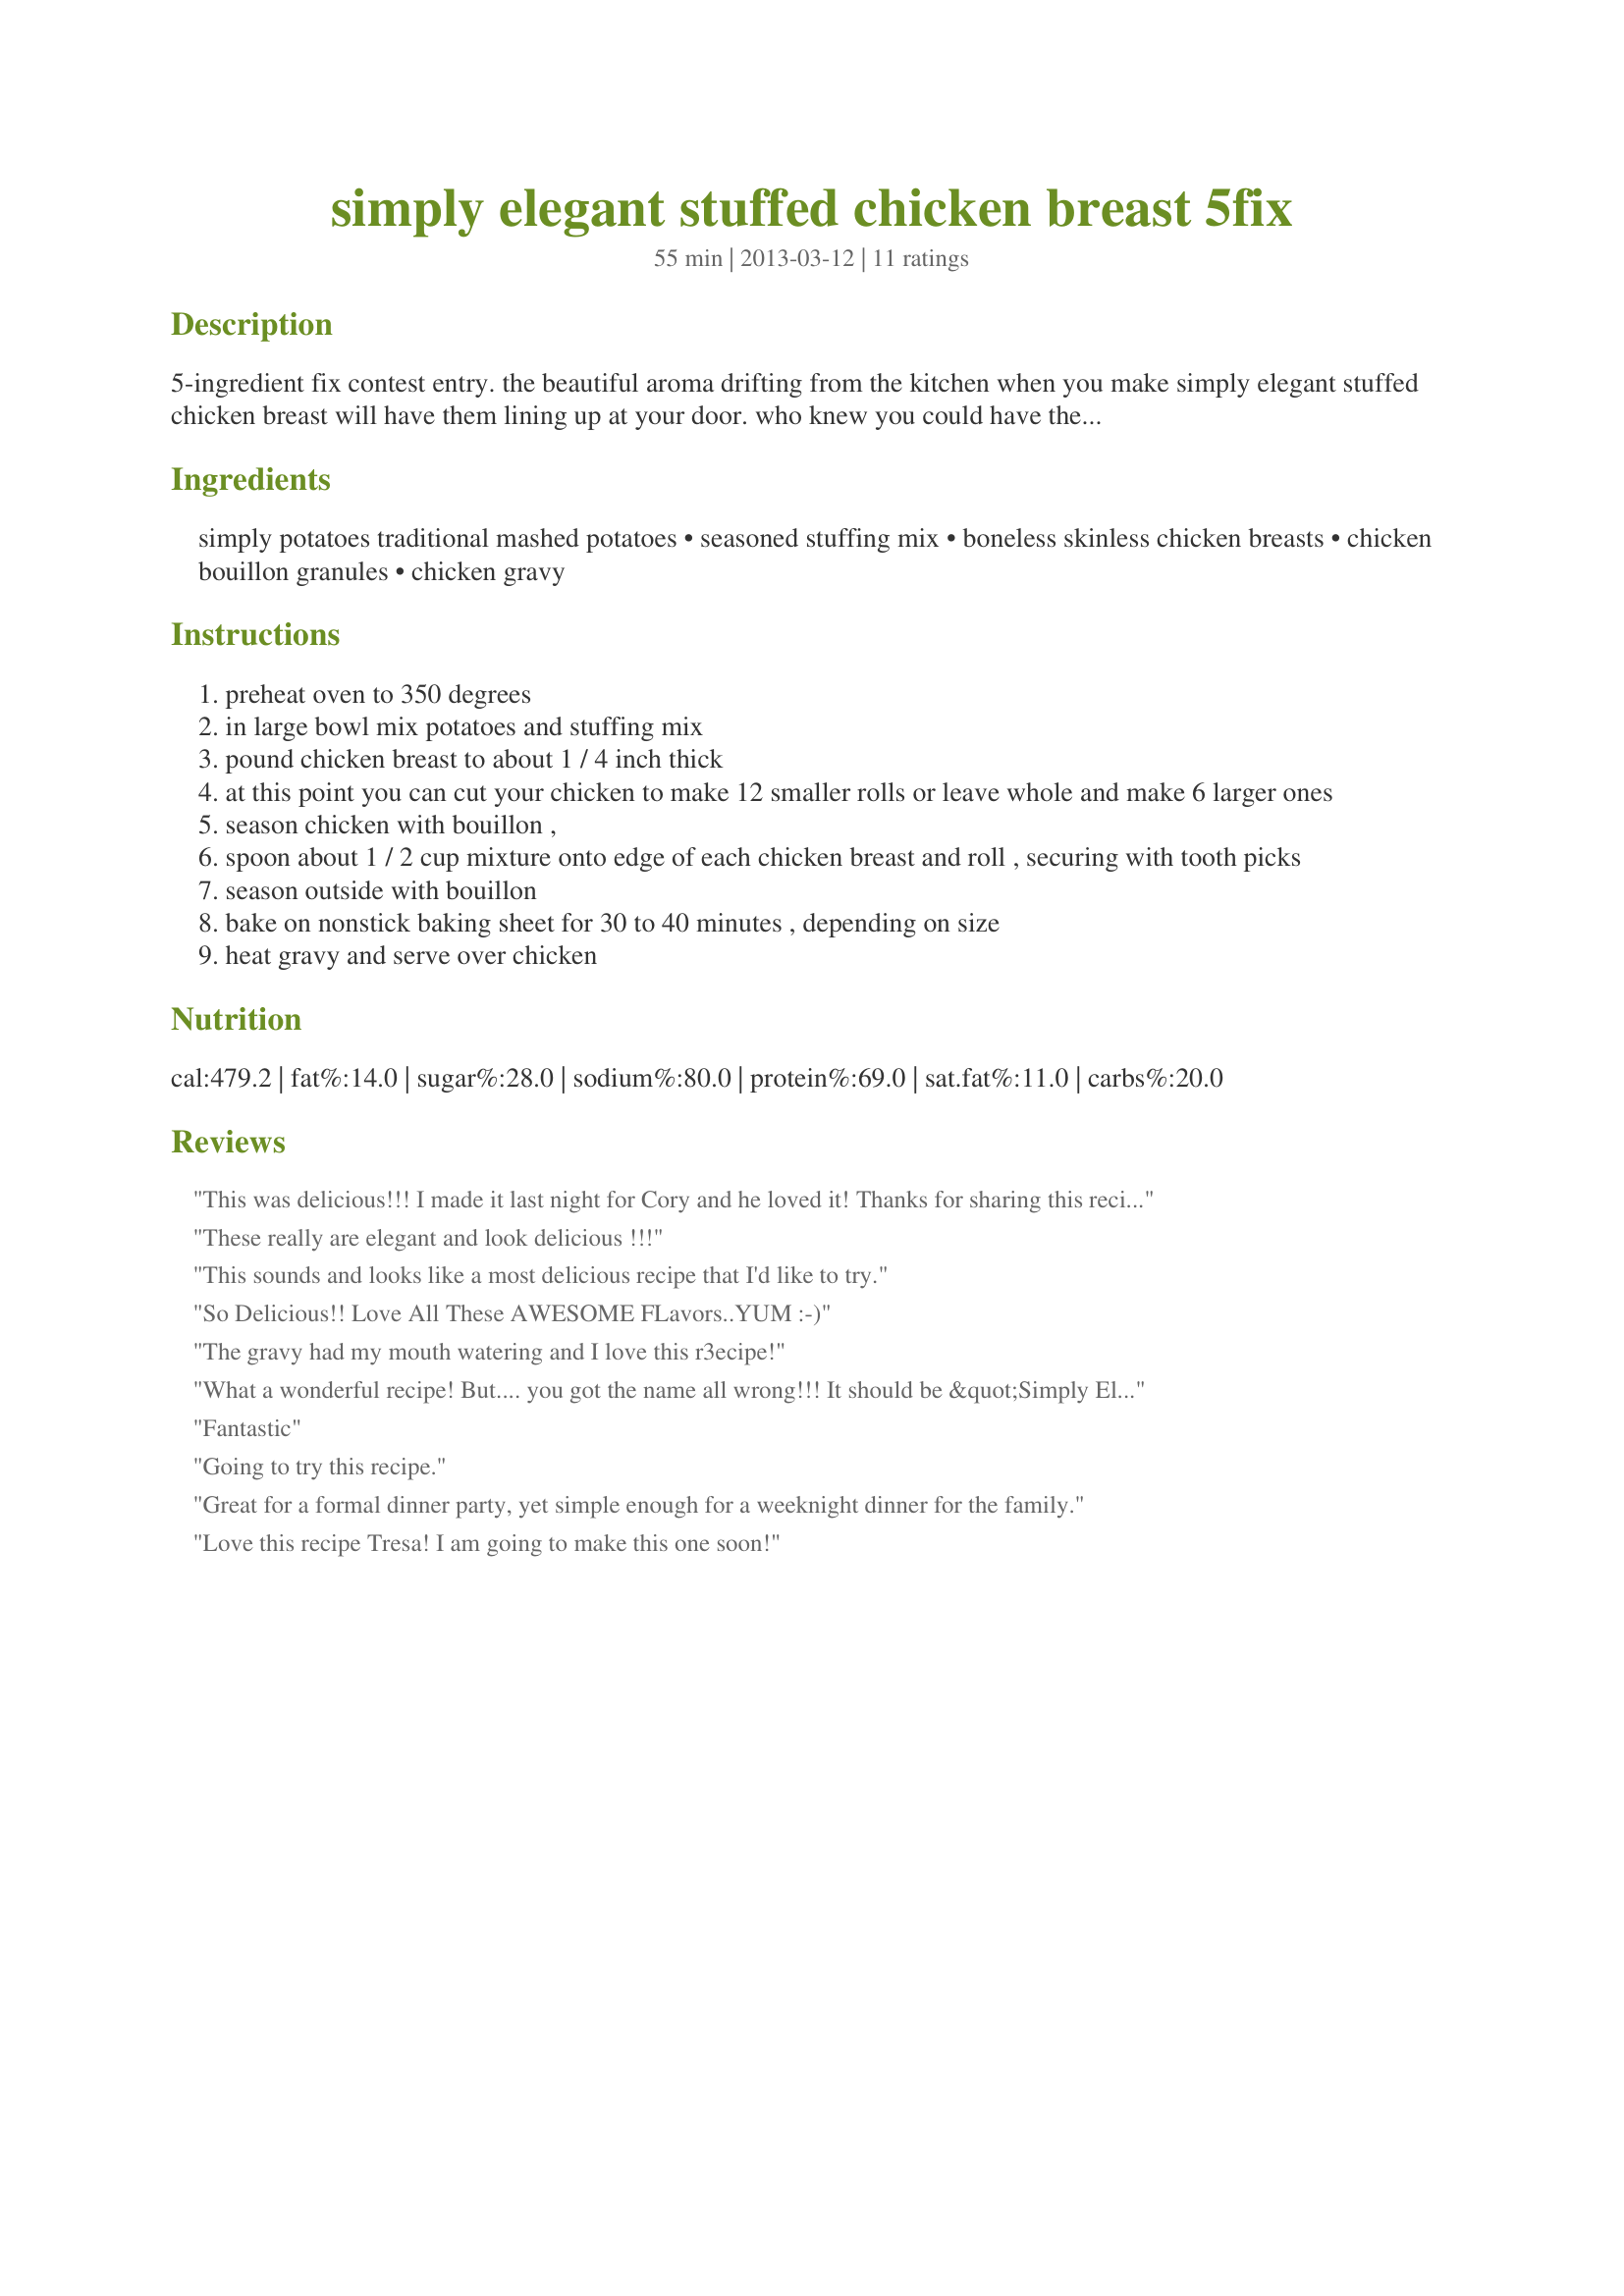
simply elegant stuffed chicken breast 5fix
Preparation time: 55 minutes

5-ingredient fix contest entry. the beautiful aroma drifting from the kitchen when you make simply elegant stuffed chicken breast will have them lining up at your door. who knew you could have the taste of thanksgiving with just 5 ingredients, in less than an hour. it's delicious, quick and oh so easy to prepare!

Ingredients:
simply potatoes traditional mashed potatoes, seasoned stuffing mix, boneless skinless chicken breasts, chicken bouillon granules, chicken gravy

Steps:
preheat oven to 350 degrees
in large bowl mix potatoes and stuffing mix
pound chicken breast to about 1 / 4 inch thick
at this point you can cut your chicken to make 12 smaller rolls or leave whole and make 6 larger ones
season chicken with bouillon ,
spoon about 1 / 2 cup mixture onto edge of each chicken breast and roll , securing with tooth picks
season outside with bouillon
bake on nonstick baking sheet for 30 to 40 minutes , depending on size
heat gravy and serve over chicken

Reviews:
This was delicious!!! I made it last night for Cory and he loved it! Thanks for sharing this recipe with us!
These really are elegant and look delicious !!!
This sounds and looks like a most delicious recipe that I'd like to try.
So Delicious!! Love All These AWESOME FLavors..YUM :-)
The gravy had my mouth watering and I love this r3ecipe!
What a wonderful recipe! But.... you got the name all wrong!!! It should be &quot;Simply Elegant AND DELICIOUS Stuffed Chicken Breast&quot;!! Great use of just 5 ingredients!!
Fantastic
Going to try this recipe.
Great for a formal dinner party, yet simple enough for a weeknight dinner for the family.
Love this recipe Tresa! I am going to make this one soon!
Beautiful, creative recipe!!!!!
